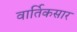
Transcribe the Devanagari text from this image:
वार्तिकसार